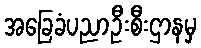
အခြေခံပညာဦးစီးဌာနမှ